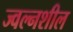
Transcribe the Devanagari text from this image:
ज्वल्नशील